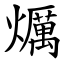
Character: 爄